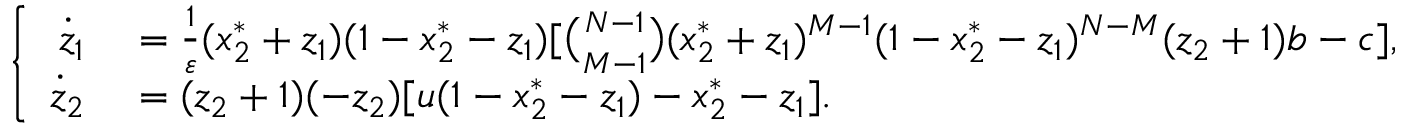
\left\{ \begin{array} { r l } { \dot { z } _ { 1 } } & { { } = \frac { 1 } { \varepsilon } ( x _ { 2 } ^ { * } + z _ { 1 } ) ( 1 - x _ { 2 } ^ { * } - z _ { 1 } ) [ \binom { N - 1 } { M - 1 } ( x _ { 2 } ^ { * } + z _ { 1 } ) ^ { M - 1 } ( 1 - x _ { 2 } ^ { * } - z _ { 1 } ) ^ { N - M } ( z _ { 2 } + 1 ) b - c ] , } \\ { \dot { z } _ { 2 } } & { { } = ( z _ { 2 } + 1 ) ( - z _ { 2 } ) [ u ( 1 - x _ { 2 } ^ { * } - z _ { 1 } ) - x _ { 2 } ^ { * } - z _ { 1 } ] . } \end{array} \right.